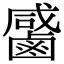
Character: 𪉳